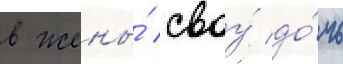
в жены́ своу́ до́чь